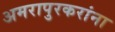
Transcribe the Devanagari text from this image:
अमरापुरकरांना